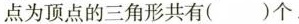
点为顶点的三角形共有( )个.